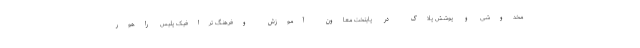
مخدوشی و پوشش پلاک در پایتخت معاون آموزش وفرهنگ ترافیک پلیس راهور